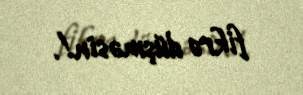
fikrə düşməsin!.